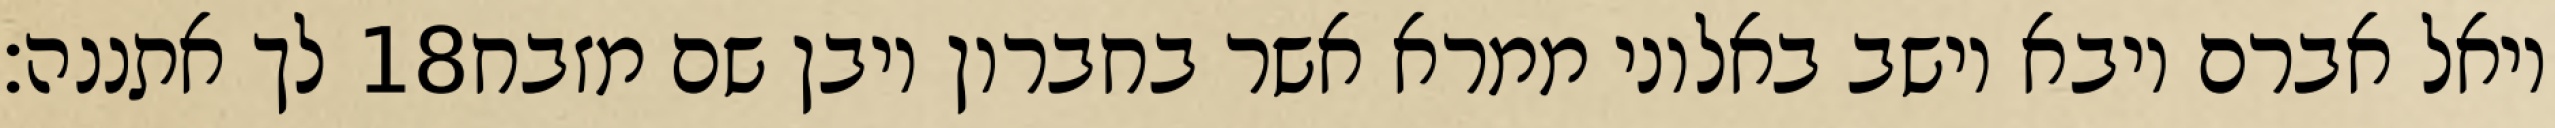
לך אתננה׃ ‎18‏ ויאל אברם ויבא וישב באלוני ממרא אשר בחברון ויבן שם מזבח